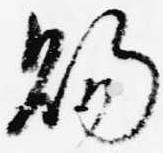
賜